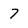
Character: 7